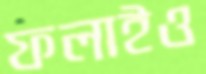
ফলাইও